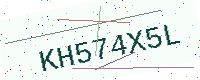
Text: KH574X5L